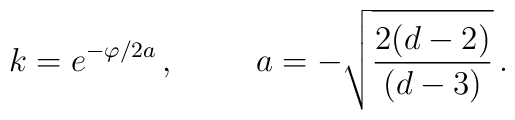
k = e^{-\varphi/2a}\, ,\hspace{1cm}a=-\sqrt{\frac{2(d-2)}{(d-3)}}\, .